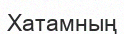
Хатамның